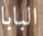
البابا